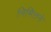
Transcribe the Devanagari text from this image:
निमित्तने